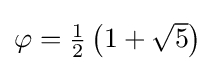
{\textstyle \varphi ={\tfrac {1}{2}}\left(1+{\sqrt {5}}\right)}